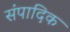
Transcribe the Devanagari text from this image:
संपादिक